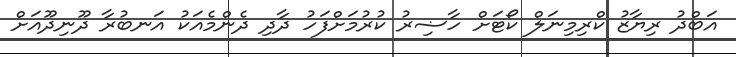
އަބްދު ރިޔާޒު ކްރިމިނަލް ކޯޓަށް ހާޟިރު ކުރުމަށްފަހު ދާދި ދެންމެއަކު އަނބުރާ ދޫނިދޫއަށް